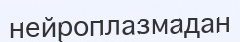
нейроплазмадан